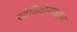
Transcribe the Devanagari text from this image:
स्टेवियोसाइड्स